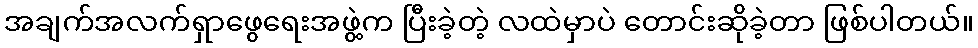
အချက်အလက်ရှာဖွေရေးအဖွဲ့က ပြီးခဲ့တဲ့ လထဲမှာပဲ တောင်းဆိုခဲ့တာ ဖြစ်ပါတယ်။